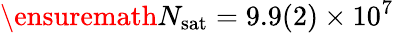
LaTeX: \ensuremath{N_{\mathrm{sat}}}=9.9(2)\times 10^{7}